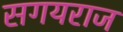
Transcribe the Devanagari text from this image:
सगयराज